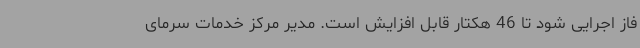
فاز اجرایی شود تا 46 هکتار قابل افزایش است. مدیر مرکز خدمات سرمای